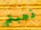
ذهبتم